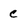
Character: c